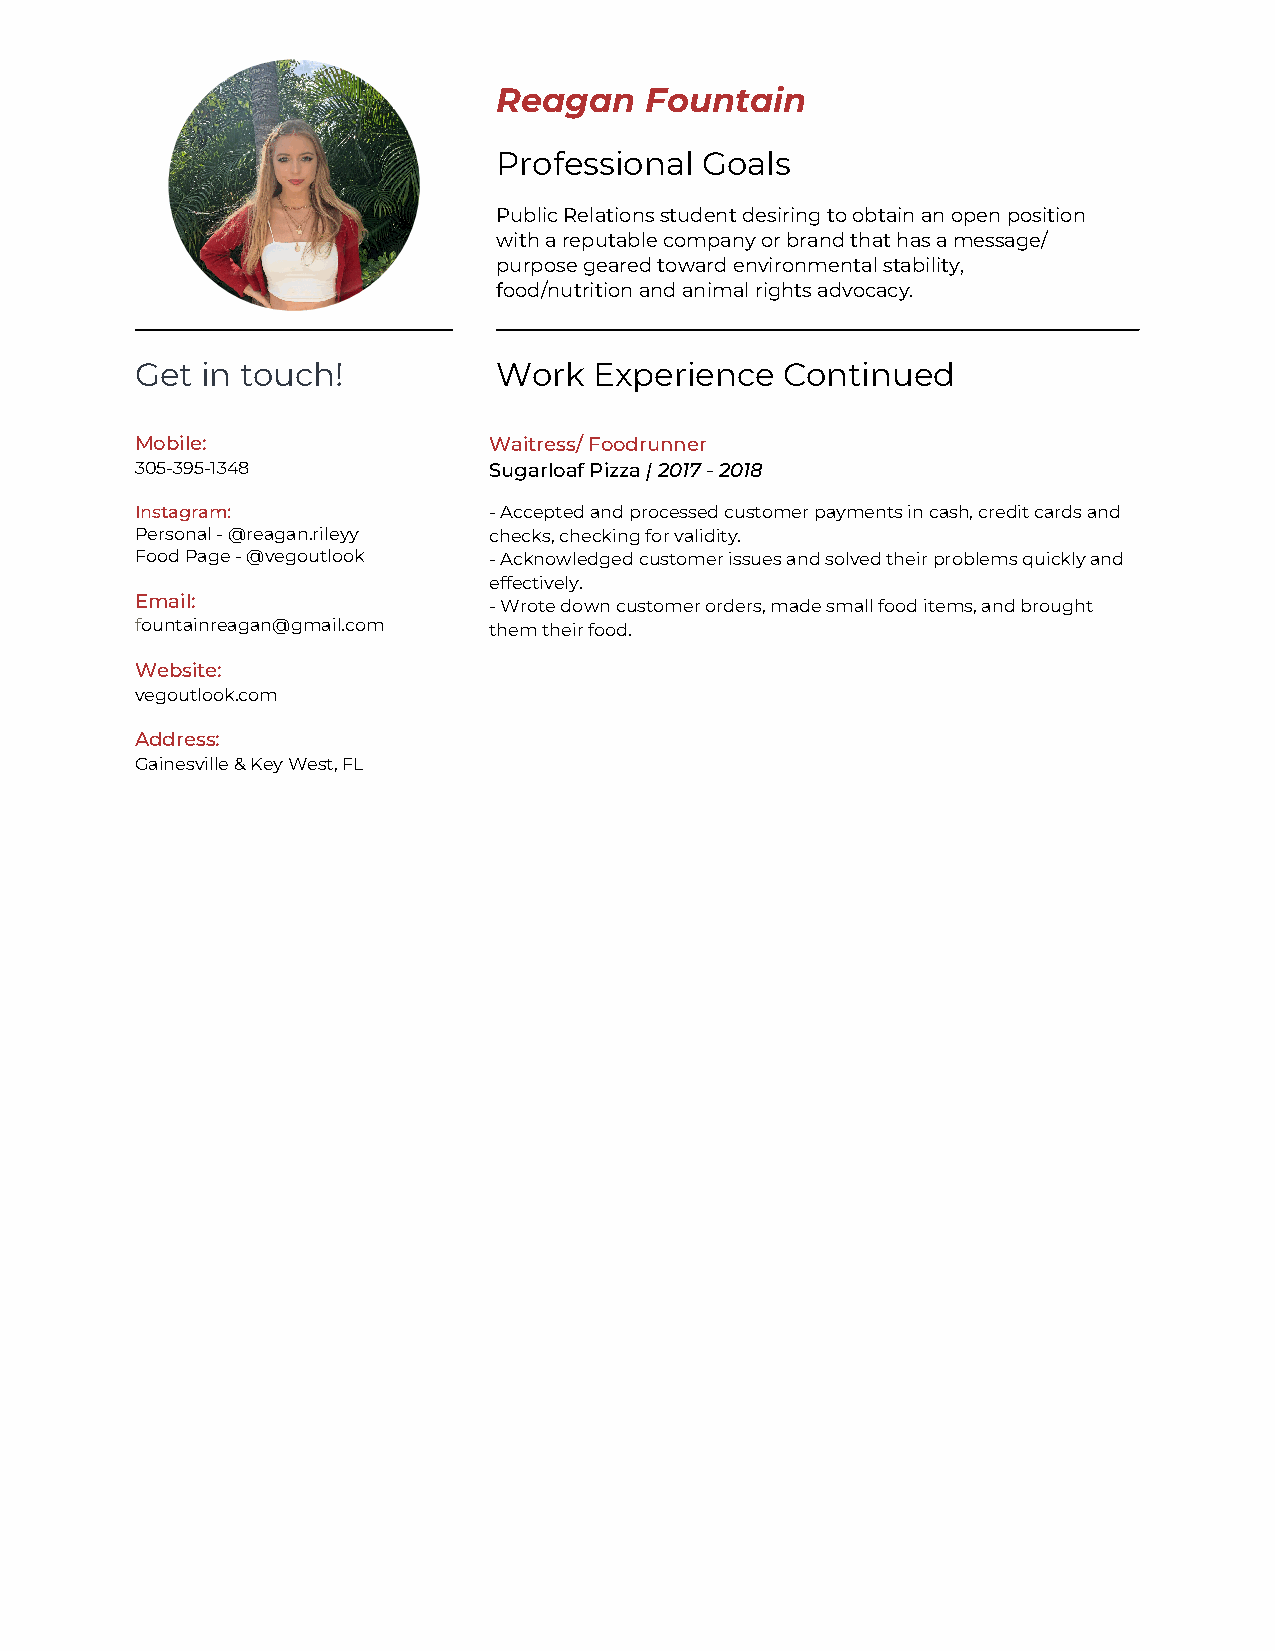
Reagan    Fountain
 Professional Goals
 Public Relations student desiring to obtain an open position
 with a reputable company or brand that has a message/
 purpose geared toward environmental stability,
 food/nutrition and animal rights advocacy.
 Get in touch!           Work  Experience   Continued
 Mobile:                Waitress/ Foodrunner
 305-395-1348           Sugarloaf Pizza | 2017 - 2018
 Instagram:             - Accepted and processed customer payments in cash, credit cards and
 Personal - @reagan.rileyy checks, checking for validity.
 Food Page - @vegoutlook - Acknowledged customer issues and solved their problems quickly and
 effectively.
 Email:                 - Wrote down customer orders, made small food items, and brought
 fountainreagan@gmail.com them their food.
 Website:
 vegoutlook.com
 Address:
 Gainesville & Key West, FL